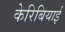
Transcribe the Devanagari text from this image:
केरिबियाई